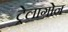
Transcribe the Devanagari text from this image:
ट्रेलागोन